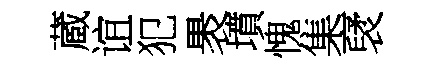
蔵谊犯褁墳愧集裦